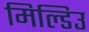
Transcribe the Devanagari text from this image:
मिल्डिउ